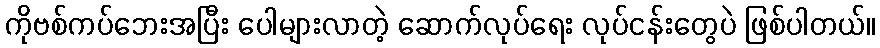
ကိုဗစ်ကပ်ဘေးအပြီး ပေါများလာတဲ့ ဆောက်လုပ်ရေး လုပ်ငန်းတွေပဲ ဖြစ်ပါတယ်။